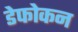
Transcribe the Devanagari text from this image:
डेफोकन